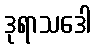
ဒုရာသဒေါ